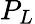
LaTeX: P_{L}